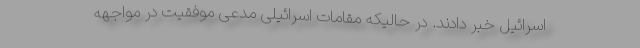
اسرائیل خبر دادند. در حالیکه مقامات اسرائیلی مدعی موفقیت در مواجهه